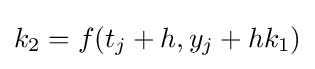
k_{2}=f(t_{j}+h,y_{j}+hk_{1})